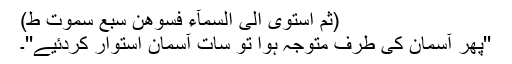
(ثُمَّ اسْتَوٰی اِلَی السَّمَآءِ فَسَوّٰھُنَّ سَبْعَ سَمٰوٰتٍ ط)
''پھر آسمان کی طرف متوجہ ہوا تو سات آسمان استوار کردئیے''۔